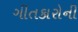
ગીતકારોની